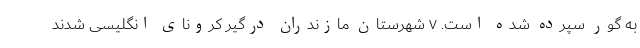
به گور سپرده شده است. ۷ شهرستان مازندران درگیر کرونای انگلیسی شدند